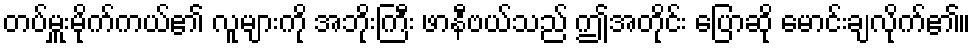
တပ်မှူးမိုက်ကယ်၏ လူများကို အဘိုးကြီး ဖာနီဗယ်သည် ဤအတိုင်း ပြောဆို မောင်းချလိုက်၏။